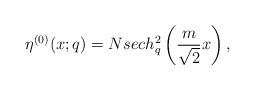
LaTeX: \begin{align*} \eta^{(0)} (x;q) =Nsech^{2}_q\left(\frac{m}{\sqrt 2}x \right),\end{align*}